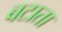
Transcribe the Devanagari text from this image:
बटाता